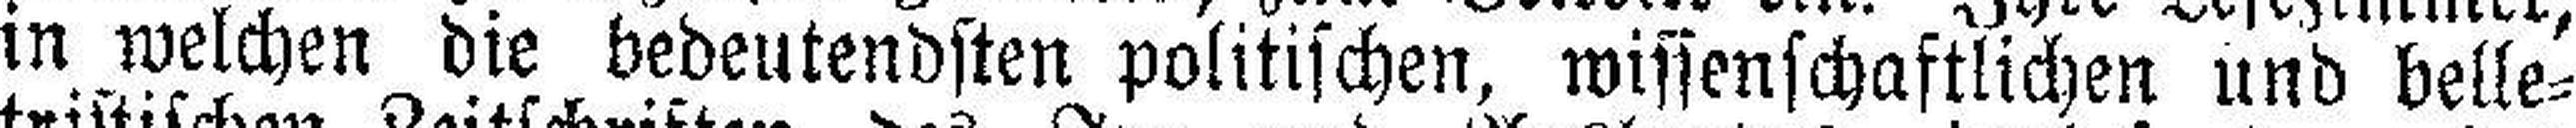
in welchen die bedeutendsten politischen, wissenschaftlichen und belle¬